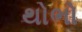
થોભો